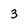
Character: 3